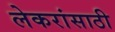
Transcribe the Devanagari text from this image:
लेकरांसाठी